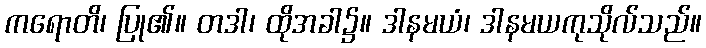
ကရောတိ၊ ပြု၏။ တဒါ၊ ထိုအခါ၌။ ဒါနမယံ၊ ဒါနမယကုသိုလ်သည်။